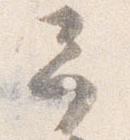
予